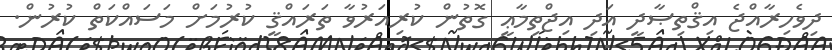
ދިވެހިރާއްޖެ އިޤްތިޞާދީ އަދި އިޖްތިމާޢީ ގޮތުން ކުރިއަރުވާ ތަރައްޤީ ކުރުމަށް މަސައްކަތް ކުރުން.